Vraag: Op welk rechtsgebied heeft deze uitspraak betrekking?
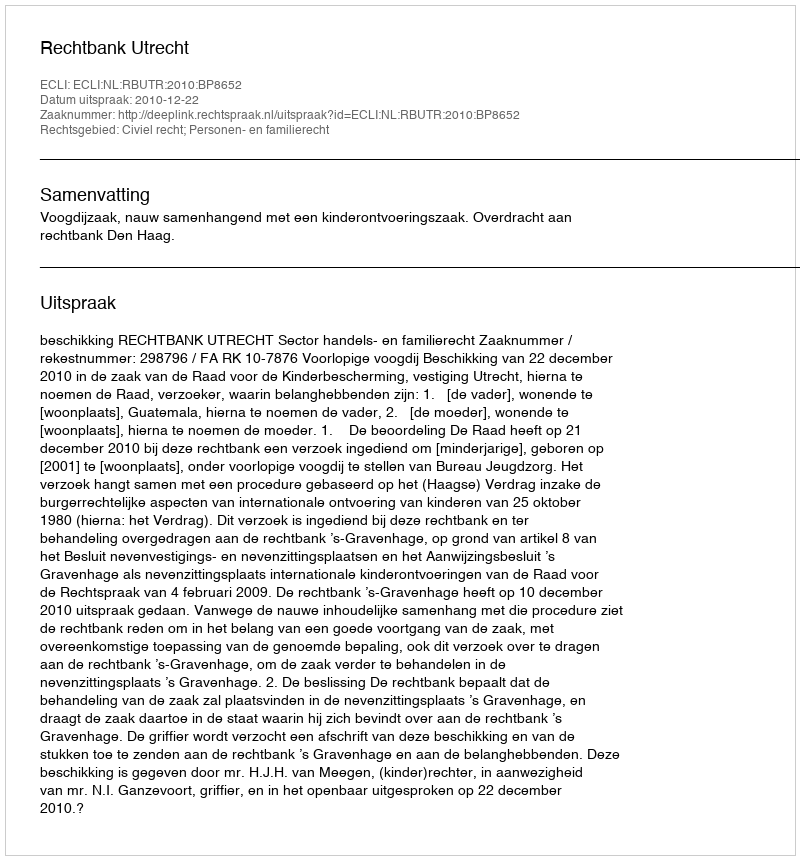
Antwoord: Civiel recht; Personen- en familierecht